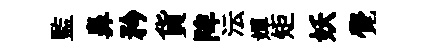
監鼻矜貨陴沄嬋矩妖覺